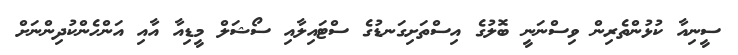
ސީނިއާ ކުޅުންތެރިން ވިސްނަނީ ބޮލުގެ އިސްތަށިގަނޑުގެ ސްޓައިލާއި ސޯޝަލް މީޑިއާ އާއި އަންހެންކުދިންނަށް